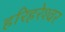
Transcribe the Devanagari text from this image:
हरिहरेश्‍वर